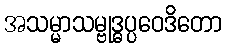
အသမ္မာသမ္ဗုဒ္ဓပ္ပဝေဒိတော